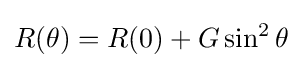
R(\theta )=R(0)+G\sin ^{2}\theta